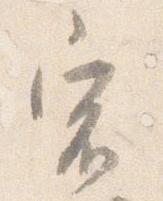
宿